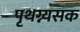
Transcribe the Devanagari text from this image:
पृथग्न्यसक